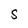
Character: S